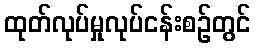
ထုတ်လုပ်မှုလုပ်ငန်းစဉ်တွင်